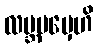
လဗ္ဘမမှေဟိ